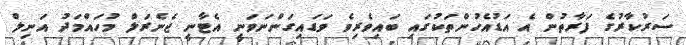
ސަރުކާރުގެ ފަރާތުން އެ އަޑުއެހުންތަކުގައި ބައިވެރިވެ ވަޑައިގަންނަވަނީ އެޓާނީ ޖެނެރަލް މުހައްމަދު އަނިލް